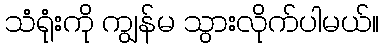
သံရုံးကို ကျွန်မ သွားလိုက်ပါမယ်။